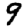
Digit: 9